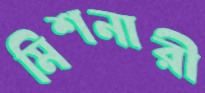
মিশনারী